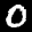
Label: 0